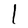
Character: l